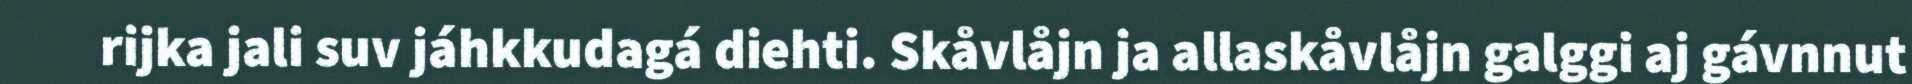
rijka jali suv jáhkkudagá diehti. Skåvlåjn ja allaskåvlåjn galggi aj gávnnut